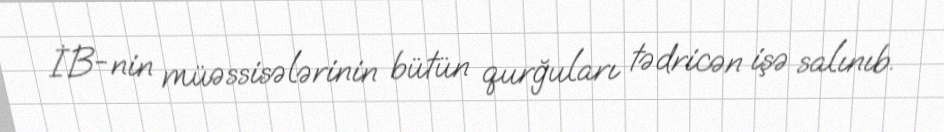
İB-nin müəssisələrinin bütün qurğuları tədricən işə salınıb.